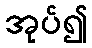
အုပ်၍